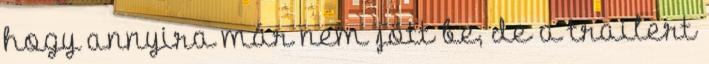
hogy annyira már nem jött be, de a trailert